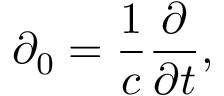
\partial _ { 0 } = \frac { 1 } { c } \frac { \partial } { \partial t } ,